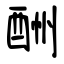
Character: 酬